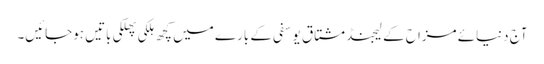
آج دنیائے مزاح کے لیجنڈ مشتاق یوسفی کے بارے میں کچھ ہلکی پھلکی باتیں ہوجائیں۔